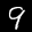
Label: 9